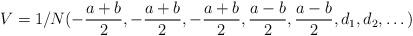
LaTeX: \begin{align*}V= 1/N ( -\frac {a+b}2, -\frac {a+b}2,-\frac {a+b}2,\frac{a-b}2,\frac{a-b}2, d_1,d_2, \dots )\end{align*}